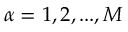
\alpha = 1 , 2 , . . . , M